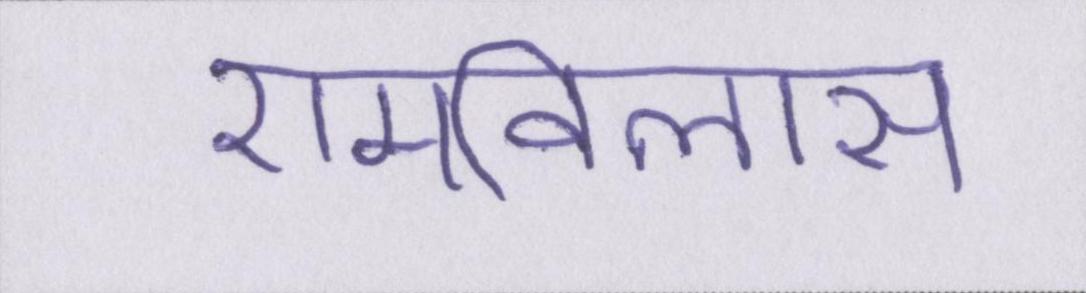
रामविलास